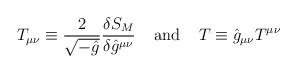
LaTeX: \begin{align*}T_{\mu \nu} \equiv \frac{2}{\sqrt{- \hat{g}}} \frac{\delta S_M}{\delta \hat{g}^{\mu \nu}} \; \; \; \; {\rm and} \; \; \; \; T \equiv \hat{g}_{\mu \nu} T^{\mu \nu}\end{align*}